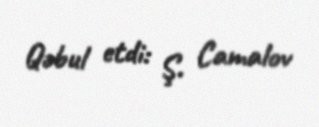
Qəbul etdi: Ş. Camalov